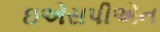
ઇએસપીએન